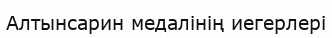
Алтынсарин медалінің иегерлері